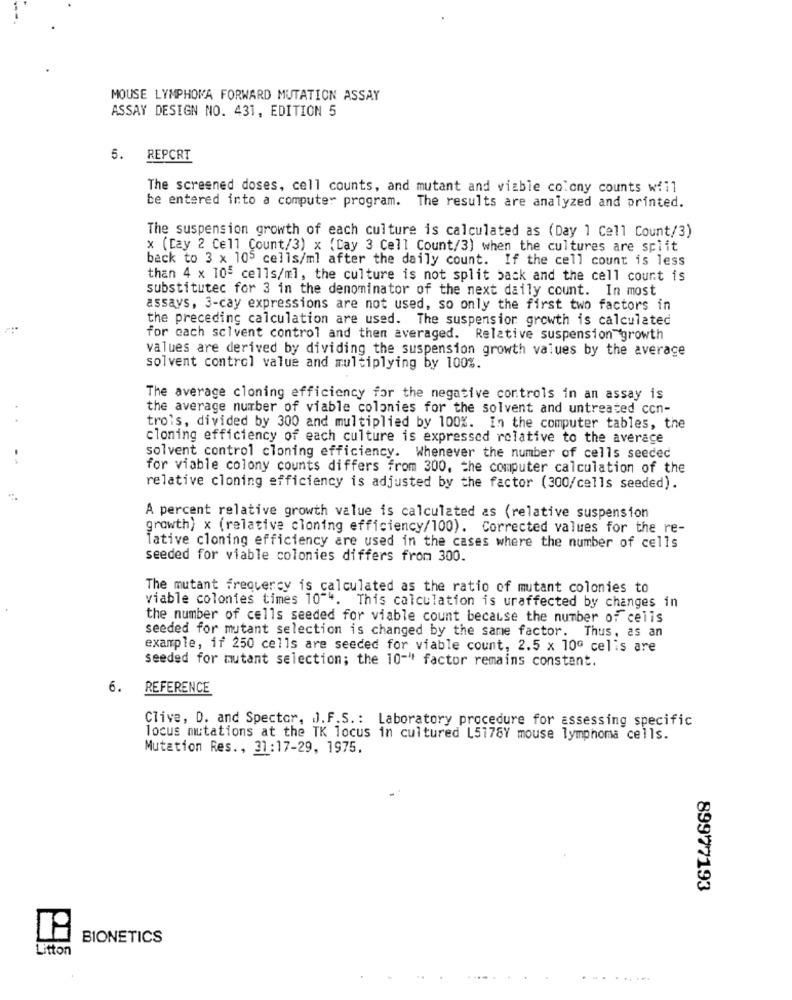
MOUSE LYMPHOMA FORWARD MUTATION ASSAY
ASSAY DESIGN NO. 431, EDITION 5
5. REPCRT
The screened doses, cell counts, and mutant and viable colony counts will
be entered into a computer program. The results are analyzed and printed.
The suspension growth of each culture is calculated as (Day 1 Cell Count/3)
x (Cay 2 Cell Count/3) x (Cay 3 Cell Count/3) when the cultures are split
back to 3 x 105 cells/ml after the daily count. If the cell count is less
than 4 x 105 cells/ml, the culture is not split back and the cell count is
substitutec for 3 in the denominator of the next daily count. In most
assays, 3-cay expressions are not used, so only the first two factors in
the preceding calculation are used. The suspension growth is calculated
for cach scivent control and then averaged. Relative suspension growth
values are derived by dividing the suspension growth values by the average
solvent control value and multiplying by 100%.
The average cloning efficiency for the negative controls in an assay is
the average number of viable colonies for the solvent and untreated con-
trois, divided by 300 and multiplied by 100%. In the computer tables, the
cloning efficiency of each culture is expressed relative to the average
solvent control cloning efficiency. Whenever the number of cells seeded
for viable colony counts differs from 300. the computer calculation of the
relative cloning efficiency is adjusted by the factor (300/cells seeded).
A percent relative growth value is calculated as (relative suspension
growth) x (relative cloning efficiency/100). Corrected values for the re-
Tative cloning efficiency are used in the cases where the number of cells
seeded for viable colonies differs from 300.
The mutant frequercy is calculated as the ratio of mutant colonies to
viable colonies times 10"". This calculation is uraffected by changes in
the number of cells seeded for viable count because the number of celis
seeded for mutant selection is changed by the same factor. Thus, as an
example, if 250 cells are seeded for viable count, 2.5 x 10ª cells are
seeded for mutant selection; the 10-" factor remains constant.
6.
REFERENCE
Clive, D. and Spector, J.F.S .: Laboratory procedure for assessing specific
locus mutations at the TK locus in cultured L5178Y mouse lymphoma cells.
Mutation Res ., 31:17-29, 1975.
89977193
BIONETICS
Litton
... ......